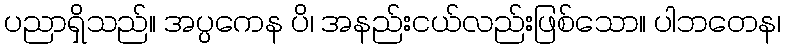
ပညာရှိသည်။ အပ္ပကေန ပိ၊ အနည်းငယ်လည်းဖြစ်သော။ ပါဘတေန၊